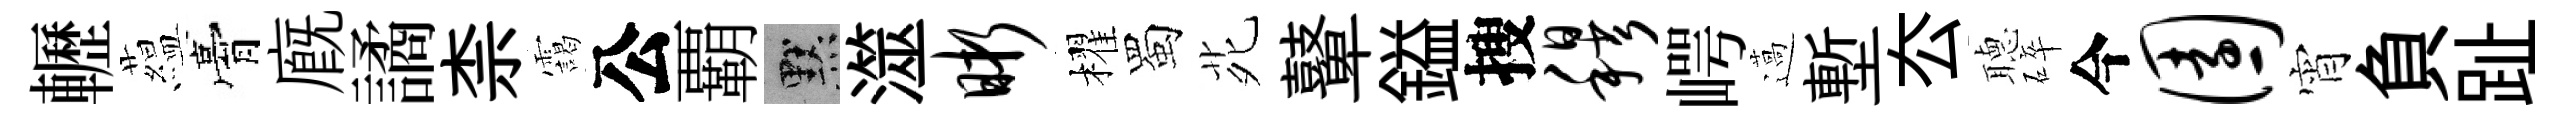
轣藴膏廐譎柰靄公覇默澨晰櫂蜀𫟍鼙鎰搜穆崿薖塹厺𦗟碎今园宵負趾